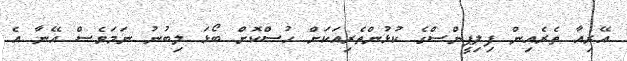
އޭރިއާ ތެރެއިން ފިލިޕީންސްގެ ކުޅުންތެރިއަކަށް ހުސްކޮށް ބޯޅަ ލިބުނު ނަމަވެސް އޭނާ އެ